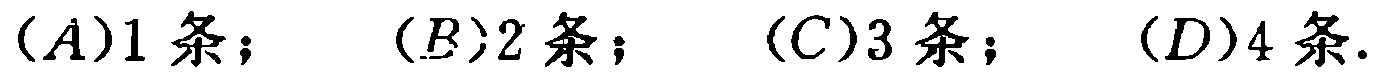
$(A)1\text{ 条； }(B)2\text{ 条； }(C)3\text{ 条； }(D)4\text{ 条}.$